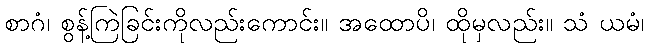
စာဂံ၊ စွန့်ကြဲခြင်းကိုလည်းကောင်း။ အထောပိ၊ ထိုမှလည်း။ သံ ယမံ၊